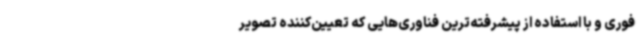
فوری و با استفاده از پیشرفته‌ترین فناوری‌هایی که تعیین‌کننده تصویر